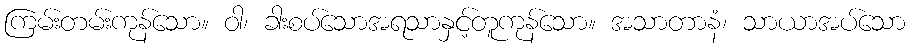
ကြမ်းတမ်းကုန်သော။ ဝါ၊ ခါးစပ်သောအရသာနှင့်တူကုန်သော။ အသာတာနံ၊ သာယာအပ်သော